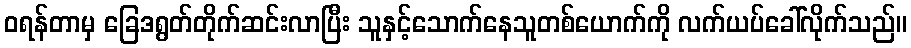
ဝရန်တာမှ ခြေဒရွတ်တိုက်ဆင်းလာပြီး သူနှင့်သောက်နေသူတစ်ယောက်ကို လက်ယပ်ခေါ်လိုက်သည်။